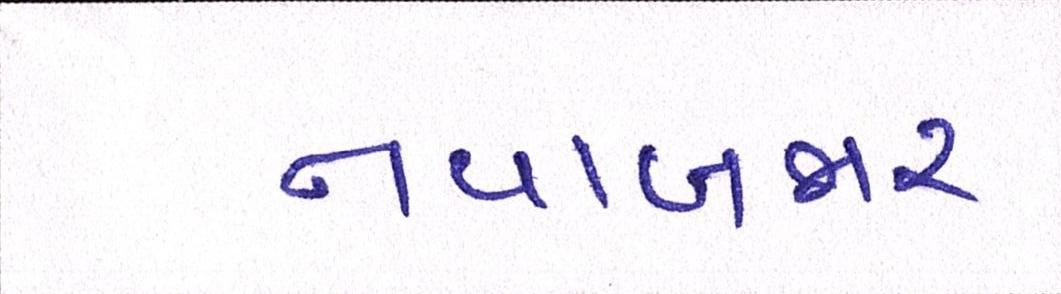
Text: નવાબજાર